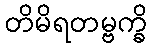
တိမိရတမ္ဗက္ခိ